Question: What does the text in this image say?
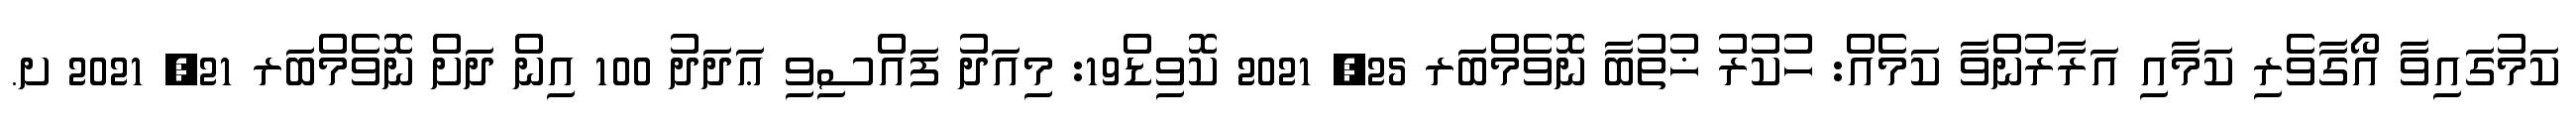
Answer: ކަމުގައިވާ އޯގާވެރި ކަމާއި އަރާރުންވާ ކަމެއް: ހުކުރު ޚުތުބާ ނޮވެމްބަރ 25, 2021 ކޮވިޑް19: މިއަދު ފައްސިވި ޢަދަދު 100 އިން ދަށް ނޮވެމްބަރ 21, 2021 ށ.